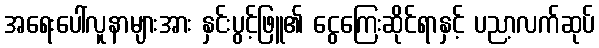
အရေးပေါ်လူနာများအား နှင်းပွင့်ဖြူ၏ ငွေကြေးဆိုင်ရာနှင့် ပညာ့လက်ဆုပ်